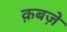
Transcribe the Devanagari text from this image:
क़बज़े